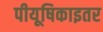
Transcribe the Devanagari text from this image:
पीयूषिकाइतर